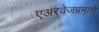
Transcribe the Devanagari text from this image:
एअरवेजप्रमाणे